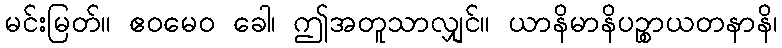
မင်းမြတ်။ ဧဝမေဝ ခေါ၊ ဤအတူသာလျှင်။ ယာနိမာနိပဉ္စာယတနာနိ၊